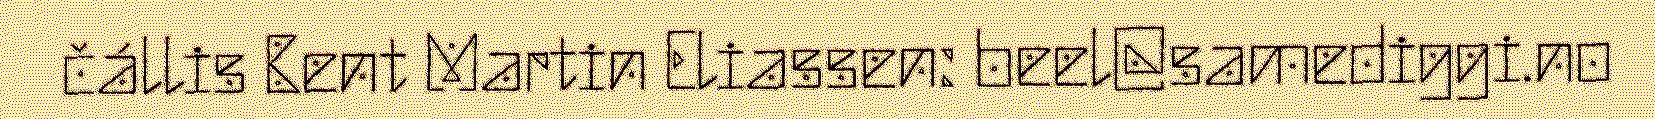
čállis Bent Martin Eliassen: beel@samediggi.no